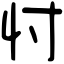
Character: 忖